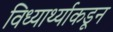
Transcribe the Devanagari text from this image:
विध्यार्थ्याकडून